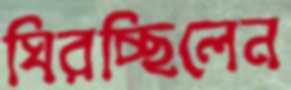
ঘিরচ্ছিলেন